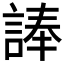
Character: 𮘗